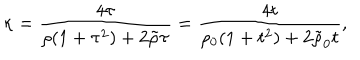
\kappa = { \frac { 4 \tau } { \rho ( 1 + \tau ^ { 2 } ) + 2 \tilde { \rho } \tau } } = { \frac { 4 t } { \rho _ { 0 } ( 1 + t ^ { 2 } ) + 2 \tilde { \rho } _ { 0 } t } } ,